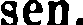
sen.